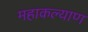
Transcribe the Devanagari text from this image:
महाकल्याण